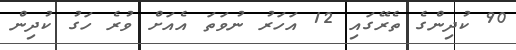
90 ކުދިންގެ ތެރޭގައި 12 އަހަރު ނުވަތަ އެއަށް ވުރެ ހަގު ކުދިން